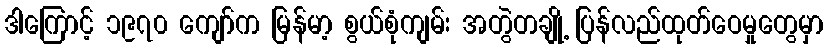
ဒါကြောင့် ၁၉၇၀ ကျော်က မြန်မာ့ စွယ်စုံကျမ်း အတွဲတချို့ ပြန်လည်ထုတ်ဝေမှုတွေမှာ